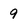
Character: 9